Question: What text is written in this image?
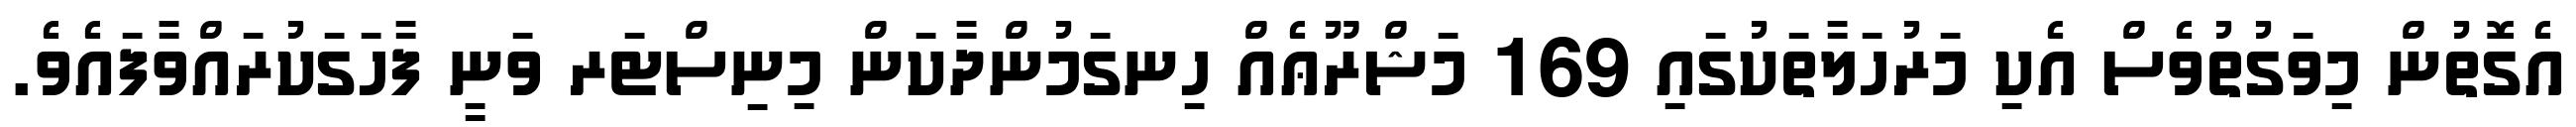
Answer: އެގޮތުން މިވަގުތުވެސް އެކި މަރުހަލާތަކުގައި 169 މަޝްރޫޢެއް ހިނގަމުންދާކަން މިނިސްޓަރ ވަނީ ފާހަގަކުރައްވާފައެވެ.